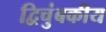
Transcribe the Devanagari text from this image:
द्विचुंबकीय